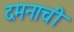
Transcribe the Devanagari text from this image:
दमनाची